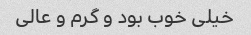
خیلی خوب بود و گرم و عالی